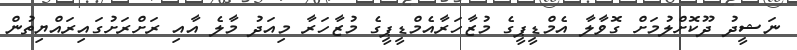
ނަޝީދު ދޫކޮށްލުމަށް ގޮވާލާ އެމްޑީޕީގެ މުޒާހަރާއެމްޑީޕީގެ މުޒާހަރާ މިއަދު މާލެ އާއި ރަށްރަށުގައިރައްޔިތުން